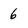
Character: 6